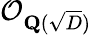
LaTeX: {\mathcal{O}}_{\mathbf{Q}({\sqrt{D}})}